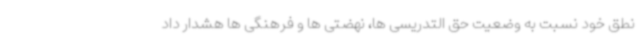
نطق خود نسبت به وضعیت حق التدریسی ها، نهضتی ها و فرهنگی ها هشدار داد